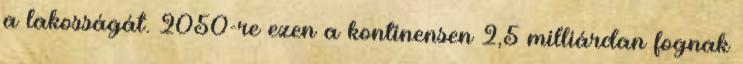
a lakosságát. 2050-re ezen a kontinensen 2,5 milliárdan fognak